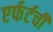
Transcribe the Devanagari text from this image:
एर्फर्टची